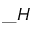
\_ H